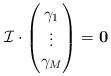
LaTeX: \begin{align*}\mathcal{I}\cdot\begin{pmatrix} \gamma_1 \\ \vdots \\ \gamma_M \end{pmatrix}=\mathbf{0}\end{align*}